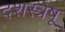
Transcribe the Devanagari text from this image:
दशस्त्रेषू